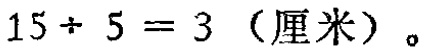
\(15\div 5 = 3 \text{（厘米）}。\)